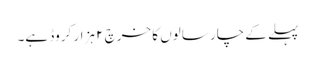
پہلے کے چار سالوں کا خرچ ۲ ہزار کروڈ ہے۔